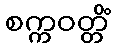
စက္ကဝတ္တိံ